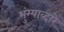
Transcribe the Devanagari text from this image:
भुंग्याव्दारे